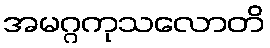
အမဂ္ဂကုသလောတိ